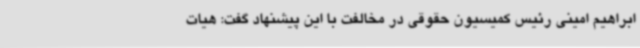
ابراهیم امینی رئیس کمیسیون حقوقی در مخالفت با این پیشنهاد گفت: هیات